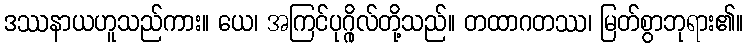
ဒဿနာယဟူသည်ကား။ ယေ၊ အကြင်ပုဂ္ဂိုလ်တို့သည်။ တထာဂတဿ၊ မြတ်စွာဘုရား၏။